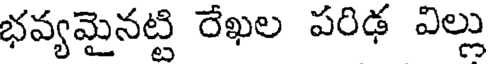
భవ్యమైనట్టి రేఖల పరిఢ విల్లు